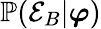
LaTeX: \mathbb{P}(\mathcal{E}_{B}|\boldsymbol{\varphi})